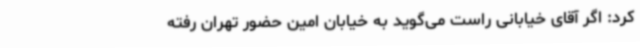
کرد: اگر آقای خیابانی راست می‌گوید به خیابان امین حضور تهران رفته